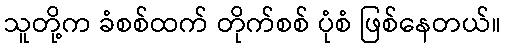
သူတို့က ခံစစ်ထက် တိုက်စစ် ပုံစံ ဖြစ်နေတယ်။